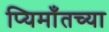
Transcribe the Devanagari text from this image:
प्यिमाँतच्या